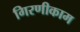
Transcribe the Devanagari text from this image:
गिरणीकाम